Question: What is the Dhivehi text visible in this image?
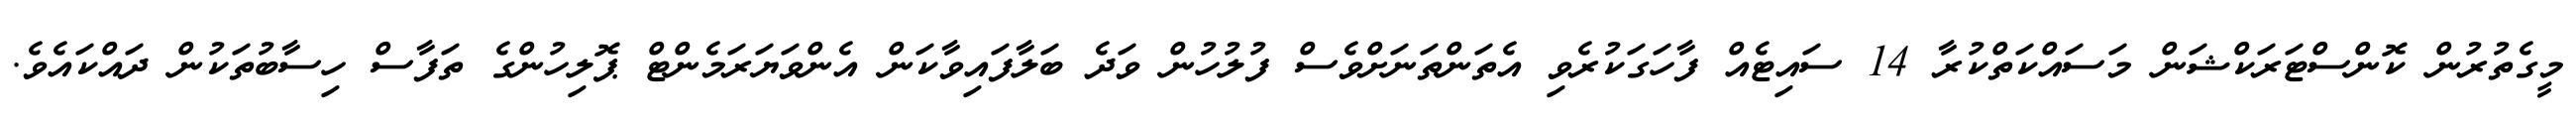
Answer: މީގެތުރުން ކޮންސްޓަރަކްޝަން މަސައްކަތްކުރާ 14 ސައިޓެއް ފާހަގަކުރެވި އެތަންތަނަށްވެސް ފުލުހުން ވަދެ ބަލާފައިވާކަން އެންވަޔަރަމެންޓް ޕޮލިހުންގެ ތަފާސް ހިސާބުތަކުން ދައްކައެވެ.